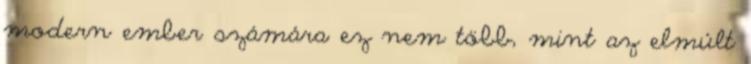
modern ember számára ez nem több, mint az elmúlt